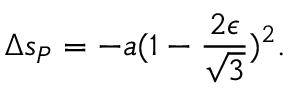
\Delta s _ { P } = - a ( 1 - { \frac { 2 \epsilon } { \sqrt { 3 } } } ) ^ { 2 } . \qquad